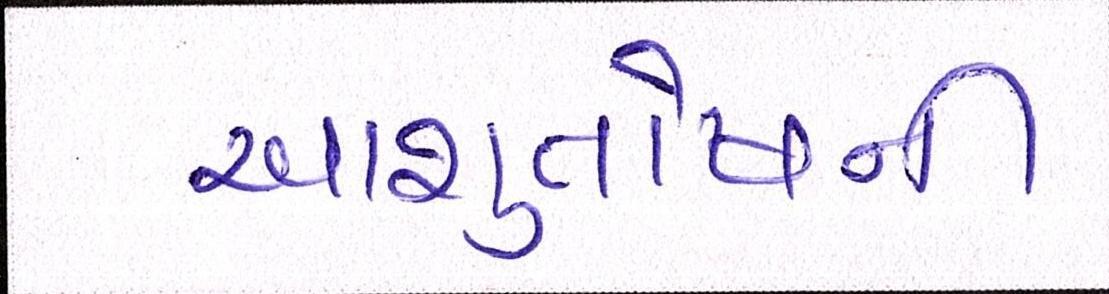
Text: આશુતોષની